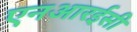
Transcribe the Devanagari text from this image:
एनआरईसी